Annual vaccination report of Bihar and Orissa - 1911-1928
Year: 1911
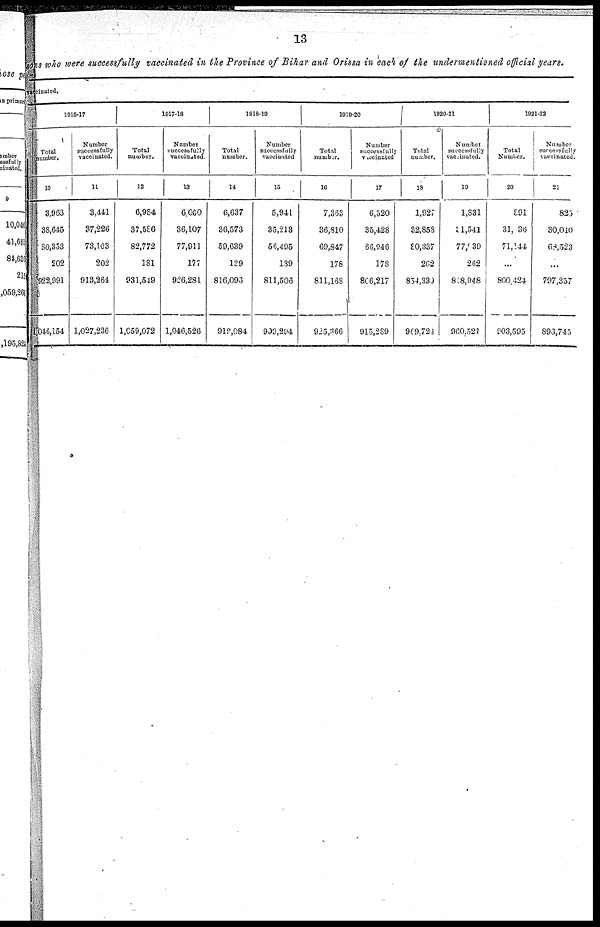
13
sons who were successfully vaccinated in the Province of Bihar and Orissa in each of the undermentioned official years.
vaccinated.
1916-17
Total
number.
10
3,963
38,645
80,353
202
922,991
1,046,154
Number
successfully
vaccinated.
11
3,441
37,226
73,103
202
913,264
1,027,236
1917-18
Total
number.
12
6,984
37,586
82,772
181
931,549
1,059,072
Number
successfully
vaccinated.
13
6,050
36,107
77,911
177
926,281
1,046,526
1918-19
Total
number.
14
6,637
36,573
59,639
139
816,096
919,084
Number
successfully
vaccinated
15
5,941
35,213
58,495
139
811,506
999,294
1919-20
Total
number.
16
7,363
36,810
69,847
178
811,168
925,366
Number
successfully
vaccinated
17
6,520
35,428
66,946
178
806,217
915,289
1920-21
Total
number.
18
1,927
32,858
80,337
262
854,339)
969,723
Number
successfully
vaccinated.
19
1,831
31,541
77,039
262
818,948
960,521
1921-22
Total
Number.
20
891
31,036
71,144
...
800,424
903,595
Number
successfully
vaccinated.
21
825
30,040
68,523
...
797,357
893,745